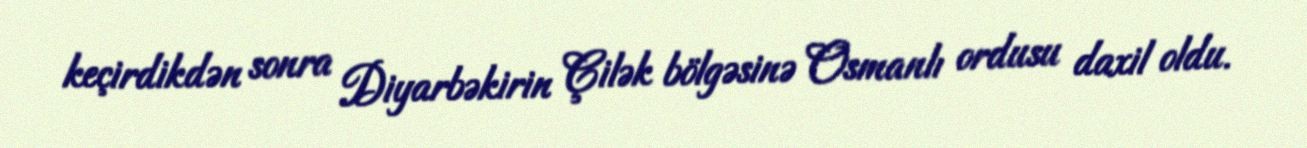
keçirdikdən sonra Diyarbəkirin Çilək bölgəsinə Osmanlı ordusu daxil oldu.